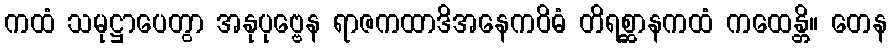
ကထံ သမုဋ္ဌာပေတွာ အနုပုဗ္ဗေန ရာဇကထာဒိအနေကဝိဓံ တိရစ္ဆာနကထံ ကထေန္တိ။ တေန